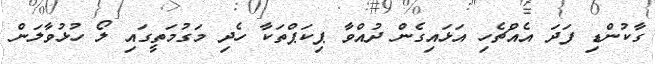
ގާކުންޑި ފަދަ އެއްޗެހި އަޅައިގެން ދުއްވާ ޕިކަޕްތަކާ ހެދި މަގުމަތީގައި ލޯ ހުޅުވާލަން